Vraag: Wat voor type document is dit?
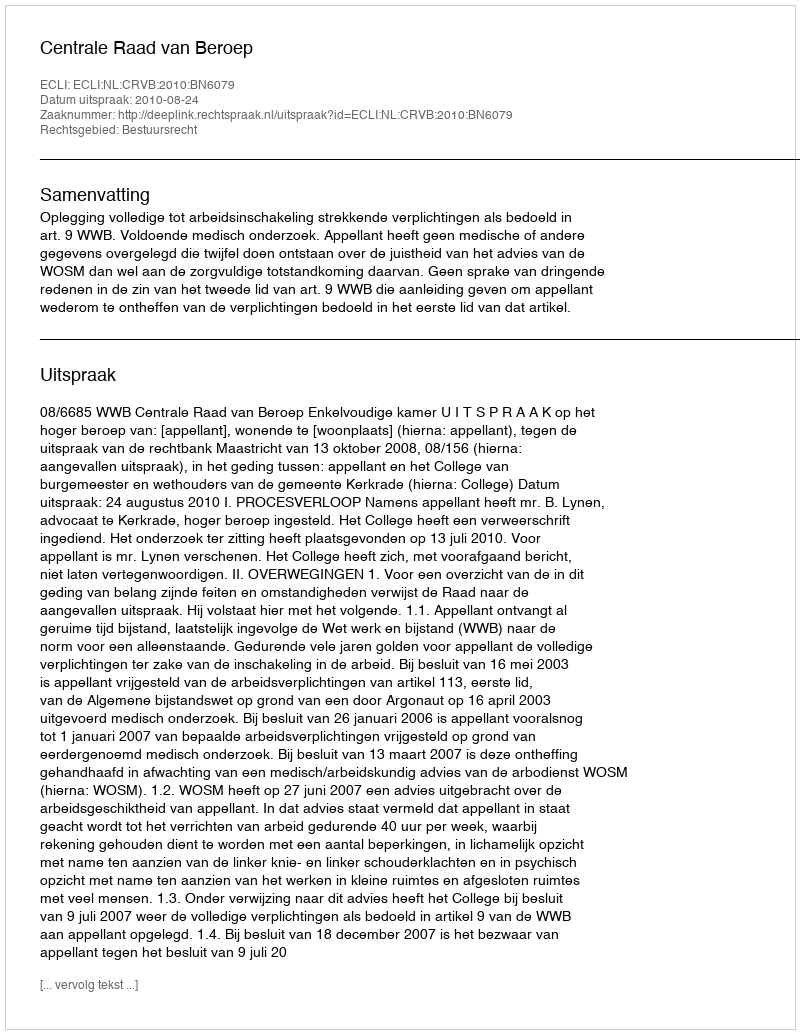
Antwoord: Uitspraak